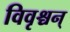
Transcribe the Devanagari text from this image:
विवृश्चन्